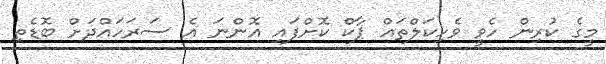
މީގެ ކުރިން ހެވީ ވެހިކަލްތައް ޕާކް ކޮށްފައި އޮންނަ އެ ސަރަހައްދަށް ބޮޑެތި